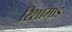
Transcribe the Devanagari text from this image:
रिशामांड